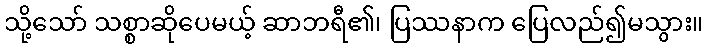
သို့သော် သစ္စာဆိုပေမယ့် ဆာဘရီ၏၊ ပြဿနာက ပြေလည်၍မသွား။